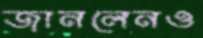
জানলেনও